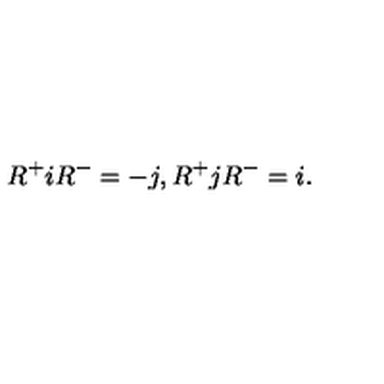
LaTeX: R ^ { + } i R ^ { - } = - j , R ^ { + } j R ^ { - } = i .